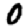
Digit: 0